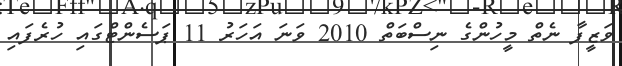
ވަޒީފާ ނެތް މީހުންގެ ނިސްބަތް 2010 ވަނަ އަހަރު 11 ޕަސެންޓްގައި ހުރެފައި